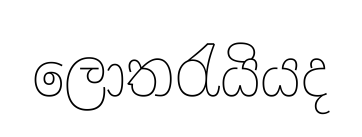
ලොතරැයියද